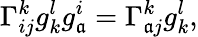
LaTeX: \Gamma_{ij}^{k}g_{k}^{l}g_{\mathfrak{a}}^{i}=\Gamma_{\mathfrak{a}j}^{k}g_{k}^{l},